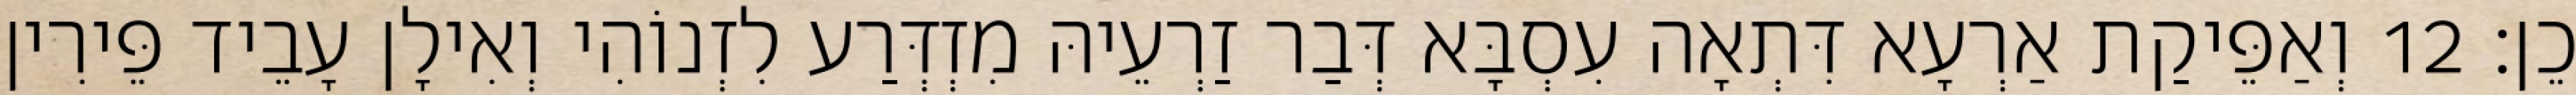
כֵן׃ 12 וְאַפֵּיקַת אַרְעָא דִּתְאָה עִסְבָּא דְּבַר זַרְעֵיהּ מִזְדְּרַע לִזְנוֹהִי וְאִילָן עָבֵיד פֵּירִין